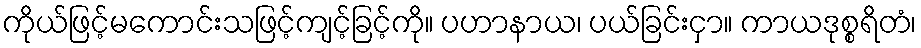
ကိုယ်ဖြင့်မကောင်းသဖြင့်ကျင့်ခြင့်ကို။ ပဟာနာယ၊ ပယ်ခြင်းငှာ။ ကာယဒုစ္စရိတံ၊